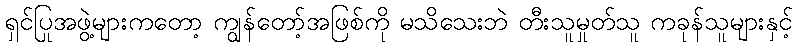
ရှင်ပြုအဖွဲ့များကတော့ ကျွန်တော့်အဖြစ်ကို မသိသေးဘဲ တီးသူမှုတ်သူ ကခုန်သူများနှင့်